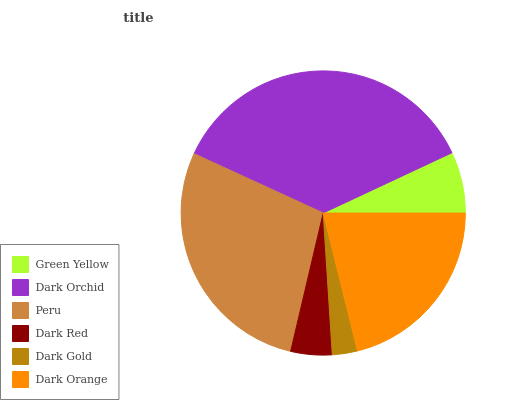
| Green Yellow | Dark Orchid | Peru | Dark Red | Dark Gold | Dark Orange |
 | --- | --- | --- | --- | --- | --- |
 | 6.96% | 36.1% | 28.2% | 4.7% | 2.87% | 21.2% |